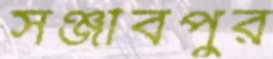
সঞ্জীবপুর